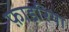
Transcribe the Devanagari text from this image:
फ़ाइरिया